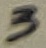
Text: 3